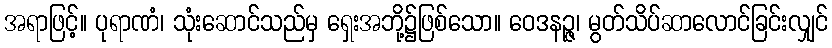
အရာဖြင့်။ ပုရာဏံ၊ သုံးဆောင်သည်မှ ရှေးအဘို့၌ဖြစ်သော။ ဝေဒနဉ္ဇ၊ မွတ်သိပ်ဆာလောင်ခြင်းလျှင်